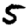
Digit: 5